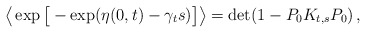
\begin{align*}\big\langle \exp{\big[-\exp(\eta(0,t) - \gamma_t s )\big]} \big\rangle =\det (1 - P_0K_{t,s}P_0)\,,\end{align*}